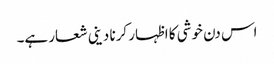
اس دن خوشی کا اظہار کرنا دینی شعار ہے۔